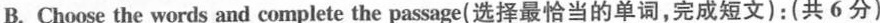
B.Choose the words and complete the passage(选择最恰当的单词,完成短文):(共6 分)